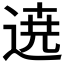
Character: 𮞚